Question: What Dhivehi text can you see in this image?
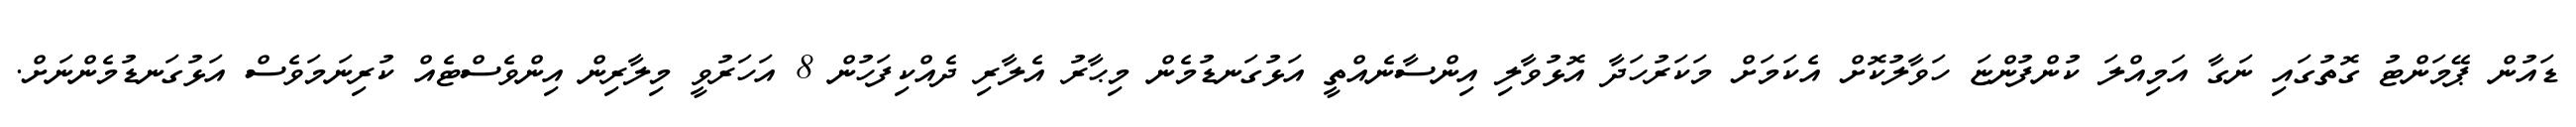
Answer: ޑައުން ޕޭމަންޓު ގޮތުގައި ނަގާ އަމިއްލަ ކުންފުންޏަ ހަވާލުކޮށް އެކަމަށް މަކަރުހަދާ އޮޅުވާލި އިންސާނެއްތީ އަޅުގަނޑުމެން މިޙާރު އެލާރި ދެއްކިފަހުން 8 އަހަރުވީ މިލާރިން އިންވެސްޓެއް ކުރިނަމަވެސް އަޅުގަނޑުމެންނަށް.